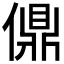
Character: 𫣨